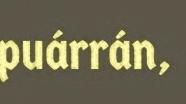
puárrán,